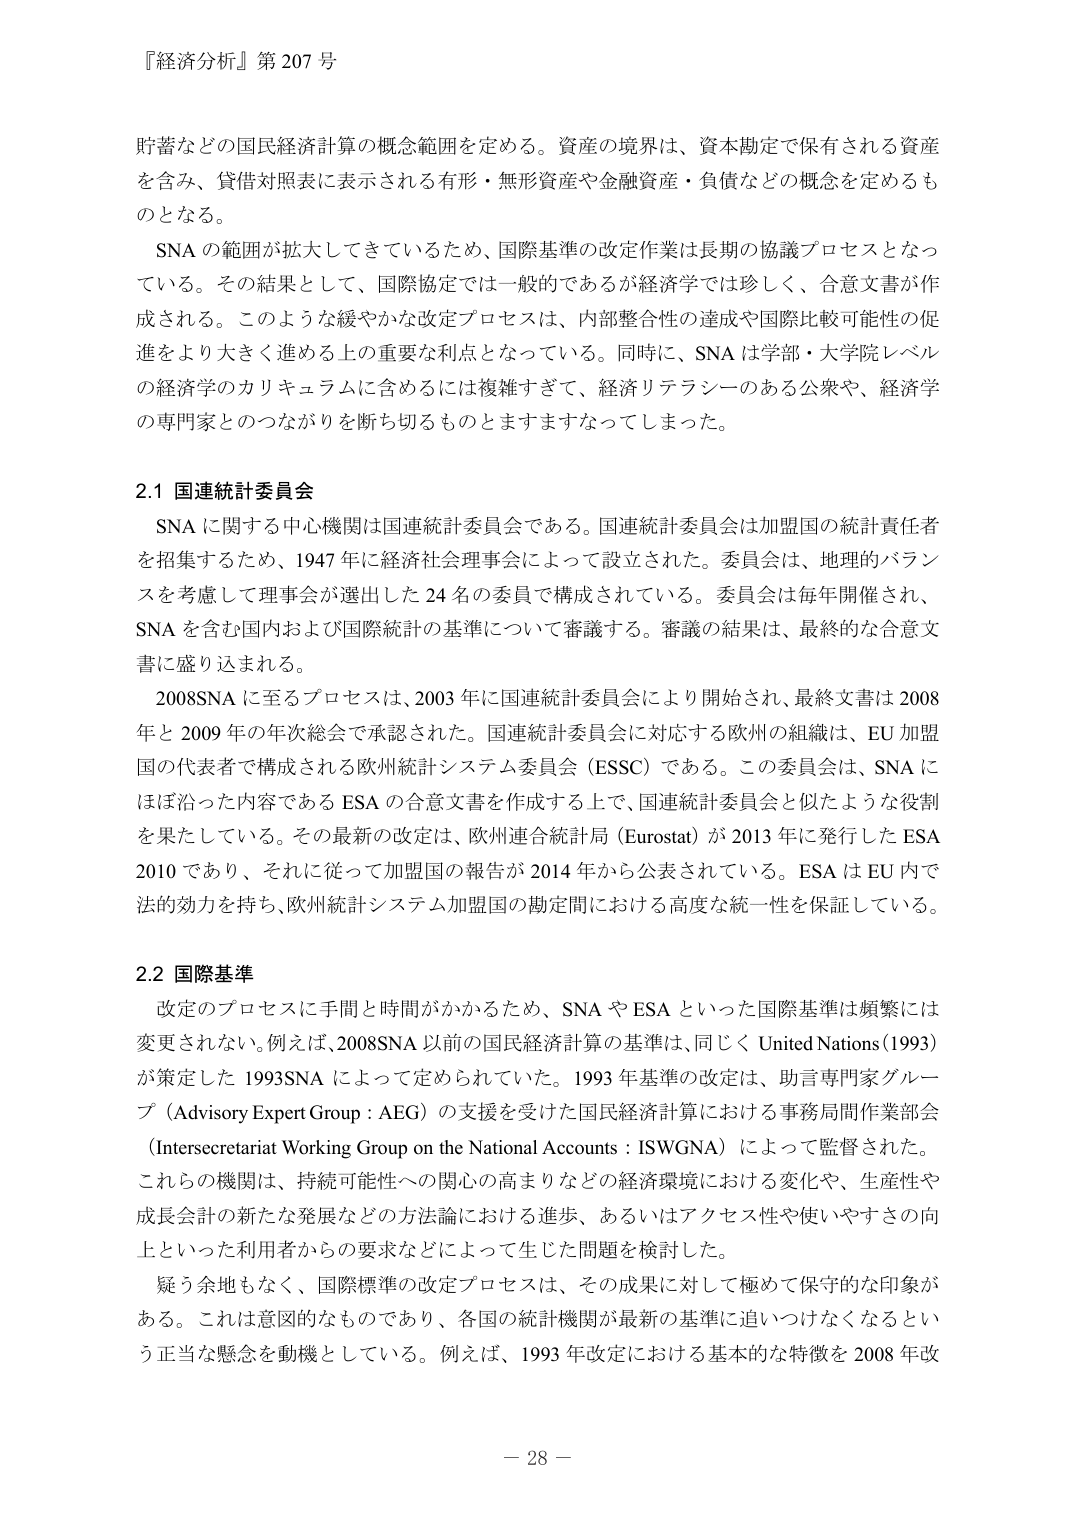
『経済分析』第 207 号

貯蓄などの国民経済計算の概念範囲を定める。資産の境界は、資本勘定で保有される資産を含み、貸借対照表に表示される有形・無形資産や金融資産・負債などの概念を定めるものとなる。

SNA の範囲が拡大してきているため、国際基準の改定作業は長期の協議プロセスとなっている。その結果として、国際協定では一般的であるが経済学では珍しく、合意文書が作成される。このような緩やかな改定プロセスは、内部整合性の達成や国際比較可能性の促進をより大きく進める上の重要な利点となっている。同時に、SNA は学部・大学院レベルの経済学のカリキュラムに含めるには複雑すぎて、経済リテラシーのある公衆や、経済学の専門家とのつながりを断ち切るものとますますなってしまった。

2.1 国連統計委員会

SNA に関する中心機関は国連統計委員会である。国連統計委員会は加盟国の統計責任者を招集するため、1947 年に経済社会理事会によって設立された。委員会は、地理的バランスを考慮して理事会が選出した 24 名の委員で構成されている。委員会は毎年開催され、SNA を含む国内および国際統計の基準について審議する。審議の結果は、最終的な合意文書に盛り込まれる。

2008SNA に至るプロセスは、2003 年に国連統計委員会により開始され、最終文書は 2008 年と 2009 年の年次総会で承認された。国連統計委員会に対応する欧州の組織は、EU 加盟国の代表者で構成される欧州統計システム委員会（ESSC）である。この委員会は、SNA にほぼ沿った内容である ESA の合意文書を作成する上で、国連統計委員会と似たような役割を果たしている。その最新の改定は、欧州連合統計局（Eurostat）が 2013 年に発行した ESA 2010 であり、それに従って加盟国の報告が 2014 年から公表されている。ESA は EU 内で法的効力を持ち、欧州統計システム加盟国の勘定間における高度な統一性を保証している。

2.2 国際基準

改定のプロセスに手間と時間がかかるため、SNA や ESA といった国際基準は頻繁には変更されない。例えば、2008SNA 以前の国民経済計算の基準は、同じく United Nations (1993) が策定した 1993SNA によって定められていた。1993 年基準の改定は、助言専門家グループ（Advisory Expert Group : AEG）の支援を受けた国民経済計算における事務局間作業部会（Intersecretariat Working Group on the National Accounts : ISWGNA）によって監督された。これらの機関は、持続可能性への関心の高まりなどの経済環境における変化や、生産性や成長会計の新たな発展などの方法論における進歩、あるいはアクセス性や使いやすさの向上といった利用者からの要求などによって生じた問題を検討した。

疑う余地もなく、国際標準の改定プロセスは、その成果に対して極めて保守的な印象がある。これは意図的なものであり、各国の統計機関が最新の基準に追いつけなくなるという正当な懸念を動機としている。例えば、1993 年改定における基本的な特徴を 2008 年改

－ 28 －